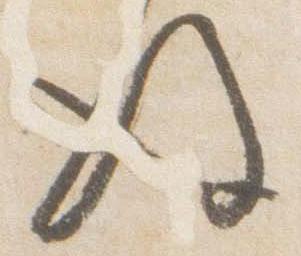
後